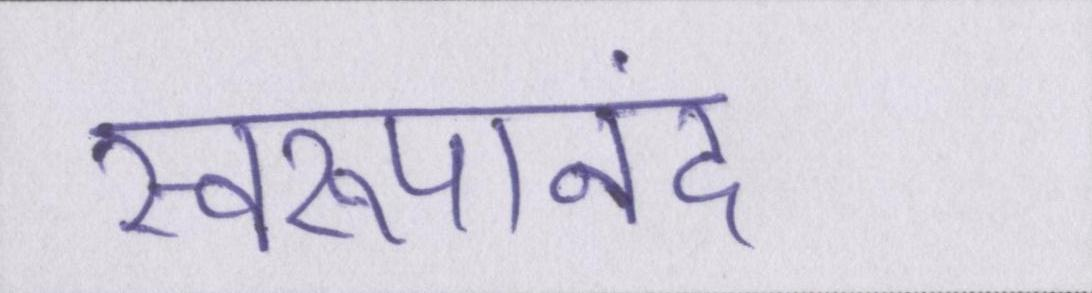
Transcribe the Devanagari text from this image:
स्वरूपानंद